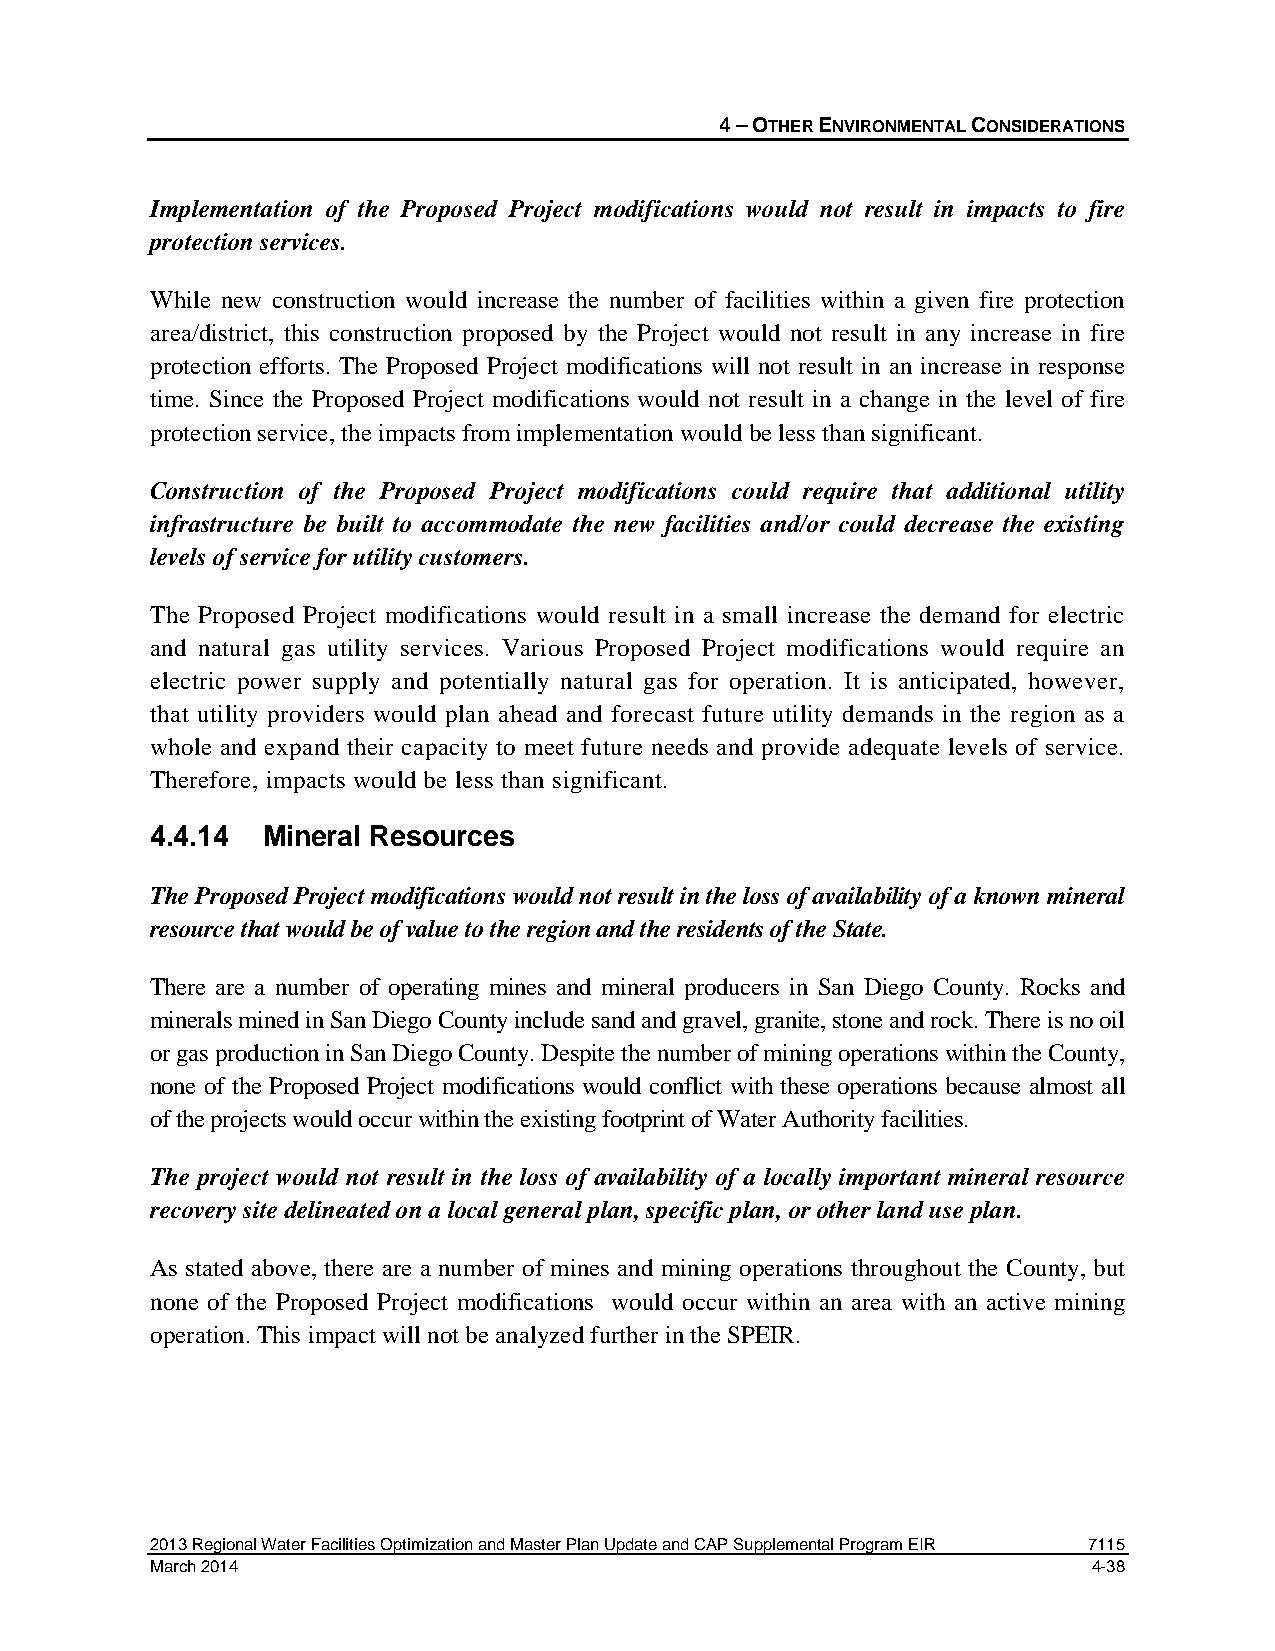
4 – OTHER ENVIRONMENTAL CONSIDERATIONS
 Implementation of the Proposed Project modifications would not result in impacts to fire
 protection services.
 While new construction would increase the number of facilities within a given fire protection
 area/district, this construction proposed by the Project would not result in any increase in fire
 protection efforts. The Proposed Project modifications will not result in an increase in response
 time. Since the Proposed Project modifications would not result in a change in the level of fire
 protection service, the impacts from implementation would be less than significant.
 Construction of the Proposed Project modifications could require that additional utility
 infrastructure be built to accommodate the new facilities and/or could decrease the existing
 levels of service for utility customers.
 The Proposed Project modifications would result in a small increase the demand for electric
 and natural gas utility services. Various Proposed Project modifications would require an
 electric power supply and potentially natural gas for operation. It is anticipated, however,
 that utility providers would plan ahead and forecast future utility demands in the region as a
 whole and expand their capacity to meet future needs and provide adequate levels of service.
 Therefore, impacts would be less than significant.
 4.4.14 Mineral Resources
 The Proposed Project modifications would not result in the loss of availability of a known mineral
 resource that would be of value to the region and the residents of the State.
 There are a number of operating mines and mineral producers in San Diego County. Rocks and
 minerals mined in San Diego County include sand and gravel, granite, stone and rock. There is no oil
 or gas production in San Diego County. Despite the number of mining operations within the County,
 none of the Proposed Project modifications would conflict with these operations because almost all
 of the projects would occur within the existing footprint of Water Authority facilities.
 The project would not result in the loss of availability of a locally important mineral resource
 recovery site delineated on a local general plan, specific plan, or other land use plan.
 As stated above, there are a number of mines and mining operations throughout the County, but
 none of the Proposed Project modifications would occur within an area with an active mining
 operation. This impact will not be analyzed further in the SPEIR.
 2013 Regional Water Facilities Optimization and Master Plan Update and CAP Supplemental Program EIR 7115
 March 2014                                                    4-38